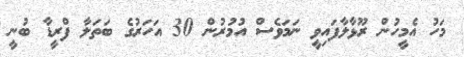
މަހު އެމީހުން ރޫޅާލާފައިވީ ނަމަވެސް އުމުރުން 30 އަހަރުގެ ބަތަލާ ފްރީޑާ ބުނީ